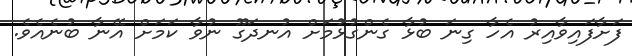
ފަށާފައިވާއިރު އެހާ ގިނަ ބުޅާ ގެންގުޅުމަށް އުނދަގޫ ނުވާ ކަމަށް އޭނާ ބުނެއެވެ.